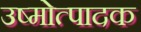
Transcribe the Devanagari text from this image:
उष्मोत्पादक